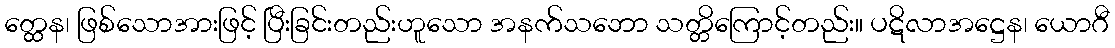
တ္ထေန၊ ဖြစ်သောအားဖြင့် ပြီးခြင်းတည်းဟူသော အနက်သဘော သတ္တိကြောင့်တည်း။ ပဋိလာအဋ္ဌေန၊ ယောဂီ